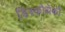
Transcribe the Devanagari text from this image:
डिस्कोथेकों